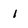
Character: 1